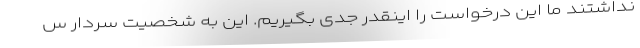
نداشتند ما این درخواست را اینقدر جدی بگیریم. این به شخصیت سردار س